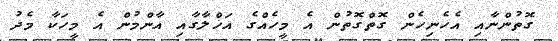
ގޮތުންނާއި އެހެނިހެން ގޮތްގޮތުން އެ މީހެއްގެ އަޚްލާގާއި އާންމުން އެ މީހަކާ މެދު